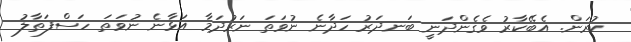
ކުރަން. އެބޭކާރު ވެގެންދަނީ ބަނދަރު ހަދާނެ ނުވަތަ ނަރުދަމާ އަޅާނެ ނުވަތަ ހަސްފަތާލު